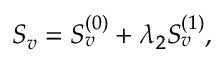
\begin{array} { r } { S _ { v } = S _ { v } ^ { ( 0 ) } + \lambda _ { 2 } S _ { v } ^ { ( 1 ) } , } \end{array}